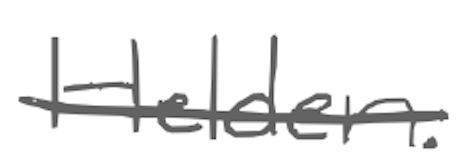
Text: Helden.
Cross-out: single-line
Writing tool: digital_gray